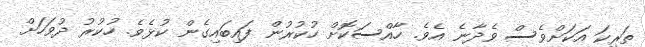
ތަރިކަ އަކަށްވެސް ވެދާނެ އެވެ. ހާއްސަކޮށް ހުކުރުން ފައިބައިގެން ކުޅެވެ. ހުކުރު ދުވަހަށް